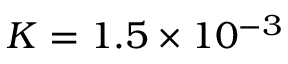
K = 1 . 5 \times 1 0 ^ { - 3 }